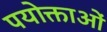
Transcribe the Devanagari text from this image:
पयोक्ताओं